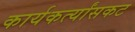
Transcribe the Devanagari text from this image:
कार्यकर्त्यांसकट